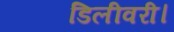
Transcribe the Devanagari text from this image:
डिलीवरी।